Vaccination North-Western Provinces and Oudh 1896-1901 - 1896-1901
Year: 1896
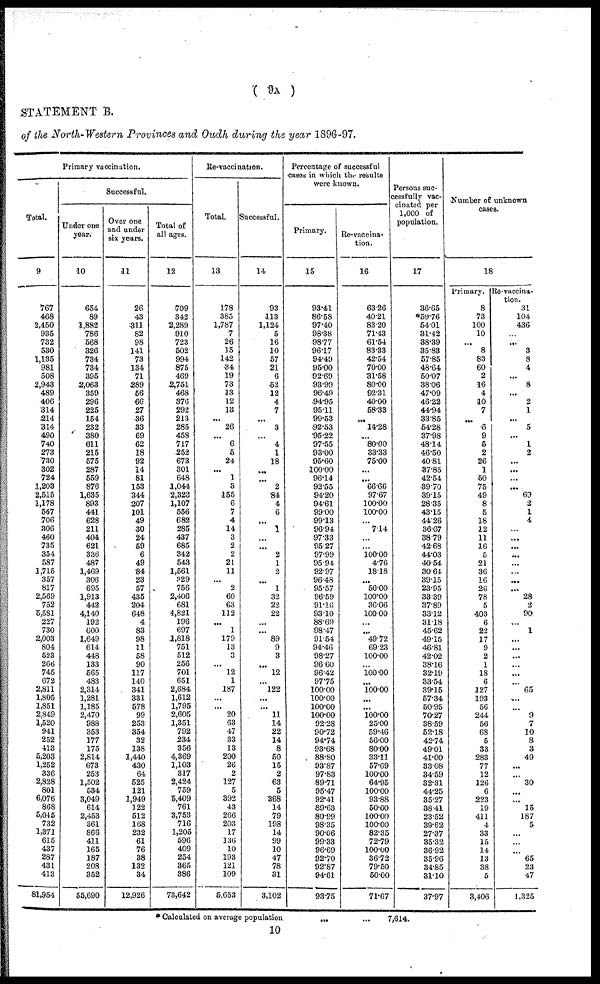
( 9A
)
STATEMENT B.
of the North-Western Provinces and Oudh during the year 1896-97.
Primary vaccination.
Total.
9
767
468
2,450
935
732
530
1,135
981
508
2,943
489
406
314
214
314
490
740
273
730
302
724
1,203
2,515
1,178
567
706
306
460
735
351
587
1,715
357
817
2,569
752
5,581
227
730
2,003
804
523
266
745
672
2,811
1,805
1,851
2,849
1,520
941
252
413
5,203
1,252
336
2,828
801
6,076
868
5,045
732
1,371
615
437
287
431
413
81,954
Successful.
Under one
year.
10
654
89
1,882
786
568
326
734
734
395
2,063
359
296
225
154
232
380
611
215
575
287
559
876
1,635
893
441
628
211
404
621
336
487
1,469
306
695
1,913
442
4,140
192
600
1,649
614
448
133
565
483
2,314
1,281
1,185
2,470
988
353
177
175
2,814
673
253
1,502
534
3,049
614
2,453
361
866
411
165
187
208
352
55,690
Over one
and under
six years.
11
26
43
311
82
98
141
73
134
71
289
56
66
27
36
33
69
62
18
92
14
81
153
344
207
101
49
30
24
59
6
49
84
23
57
435
204
648
4
83
98
11
58
90
117
140
341
331
578
99
253
354
32
138
1,440
430
64
525
121
1,949
122
512
168
232
61
76
38
132
34
12,926
Total of
all ages.
12
709
342
2,289
910
723
502
994
875
469
2,751
468
376
292
213
285
458
717
252
673
301
648
1,044
2,323
1,107
556
682
285
437
685
342
543
1,561
329
756
2,406
681
4,821
196
697
1,818
751
512
256
701
651
2,684
1,612
1,795
2,605
1,351
792
234
356
4,369
1,103
317
2,424
759
5,409
761
3,753
716
1,205
596
409
254
365
386
73,642
Re-vaccination.
Total.
13
178
385
1,787
7
26
15
142
34
19
73
13
12
13
...
26
...
6
5
24
...
1
3
155
6
7
4
14
3
2
2
21
11
...
2
60
63
112
...
1
179
13
3
...
12
1
187
...
...
20
63
47
33
13
200
26
2
127
5
392
43
266
203
17
136
10
193
121
109
5,653
Successful.
14
93
113
1,124
5
16
10
57
21
6
52
12
4
7
...
3
...
4
1
18
...
...
2
84
4
6
...
1
...
...
2
1
2
...
1
32
22
22
...
...
89
9
3
...
12
...
122
...
...
11
14
22
14
8
50
15
2
63
5
368
14
79
193
14
99
10
47
78
31
3,102
Percentage of successful
cases in which the results
were known.
Primary.
15
93.41
86.58
97.40
98.38
98.77
96.17
94.49
95.00
92.69
93.99
96.49
94.95
95.11
99.53
92.53
95.22
97.55
93.00
95.60
100.00
96.14
92.55
94.20
94.61
99.00
99.13
96.94
97.33
95.27
97.99
95.94
92.97
96.48
95.57
96.59
91.16
93.10
88.69
98.47
91.54
94.46
98.27
96.60
96.42
97.75
100.00
100.00
100.00
100.00
92.28
90.72
94.74
93.68
88.80
93.87
97.83
89.71
95.47
92.41
89.63
80.99
98.35
90.06
99.33
96.69
92.70
92.87
94.61
93.75
Re-vaccina-
tion.
16
63.26
40.21
83.20
71.43
61.54
83.33
42.54
70.00
31.58
80.00
92.31
40.00
58.33
...
14.28
...
80.00
33.33
75.00
...
...
66.66
97.67
100.00
100.00
...
7.14
...
...
100.00
4.76
18.18
...
50.00
100.00
36.06
100.00
...
...
49.72
69.23
100.00
...
100.00
...
100.00
...
...
100.00
25.00
59.46
56.00
80.00
33.11
57.69
100.00
64.95
100.00
93.88
50.00
100.00
100.00
82.35
72.79
100.00
36.72
79.50
50.00
71.67
Persons suc-
cessfully vac-
cinated per
1,000 of
population.
17
36.65
*59.76
54.01
31.42
38.39
35.83
57.85
48.64
50.07
38.06
47.09
46.22
44.94
33.85
54.28
37.98
48.14
46.50
40.81
37.85
42.54
39.70
39.15
28.35
43.15
44.26
36.67
38.79
42.68
44.03
40.54
30.64
39.15
23.95
33.39
37.89
33.12
31.18
45.62
49.15
46.81
42.02
38.16
32.19
33.54
39.15
57.34
50.95
70.27
38.59
52.18
42.74
49.01
41.00
33.08
34.59
32.31
44.25
35.27
38.41
23.52
39.62
27.37
35.32
36.92
35.96
34.85
31.10
37.97
Number of unknown
cases.
18
Primary.
8
73
100
10
...
8
83
60
2
16
4
10
7
...
6
9
5
2
26
1
50
75
49
8
5
18
12
11
16
5
21
36
16
26
78
5
403
6
22
17
9
2
1
18
6
127
193
56
244
56
68
5
33
283
77
12
126
6
223
19
411
4
33
15
14
13
38
5
3,406
Re-vaccina-
tion.
31
104
436
...
...
3
8
4
...
8
...
2
1
...
5
...
1
2
...
...
...
...
69
2
1
4
...
...
...
...
...
...
...
...
28
2
90
...
1
...
...
...
...
...
...
65
...
...
9
7
10
8
3
49
...
...
30
...
...
15
187
5
...
...
...
65
23
47
1,325
* Calculated on average population ... ... ...
7,614.
10